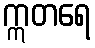
ဣတရေ